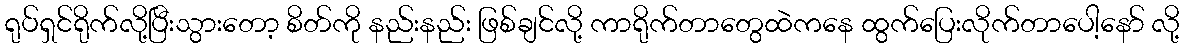
ရုပ်ရှင်ရိုက်လို့ပြီးသွားတော့ စိတ်ကို နည်းနည်း ဖြစ်ချင်လို့ ကာရိုက်တာတွေထဲကနေ ထွက်ပြေးလိုက်တာပေါ့နော် လို့